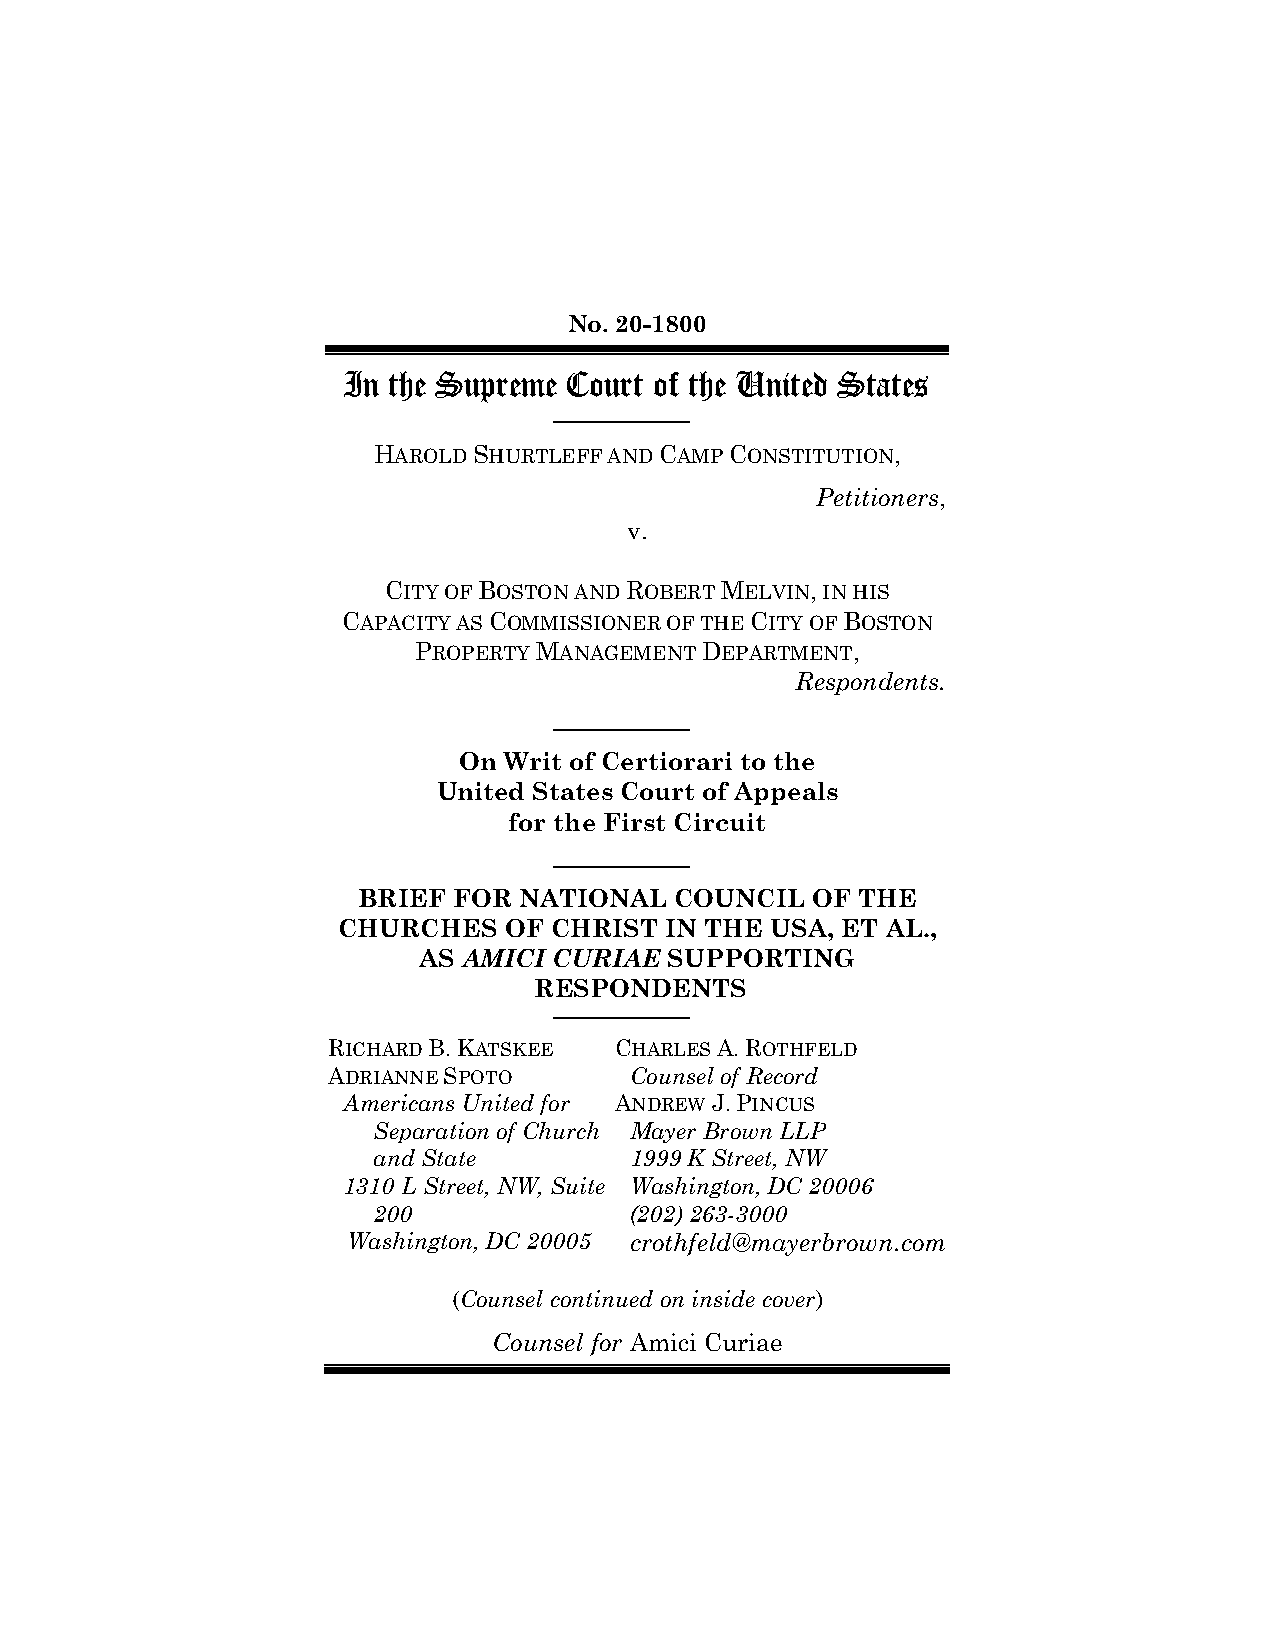
No. 20-1800
 In the Supreme Court of the United States
 HAROLD SHURTLEFF AND CAMP CONSTITUTION,
 Petitioners,
 v.
 CITY OF BOSTON AND ROBERT MELVIN, IN HIS
 CAPACITY AS COMMISSIONER OF THE CITY OF BOSTON
 PROPERTY MANAGEMENT DEPARTMENT,
 Respondents.
 On Writ of Certiorari to the
 United States Court of Appeals
 for the First Circuit
 BRIEF FOR NATIONAL   COUNCIL  OF THE
 CHURCHES   OF CHRIST  IN THE USA, ET AL.,
 AS AMICI CURIAE SUPPORTING
 RESPONDENTS
 RICHARD B. KATSKEE CHARLES A. ROTHFELD
 ADRIANNE SPOTO      Counsel of Record
 Americans United for ANDREW J. PINCUS
 Separation of Church Mayer Brown LLP
 and State        1999 K Street, NW
 1310 L Street, NW, Suite Washington, DC 20006
 200              (202) 263-3000
 Washington, DC 20005 crothfeld@mayerbrown.com
 (Counsel continued on inside cover)
 Counsel for Amici Curiae